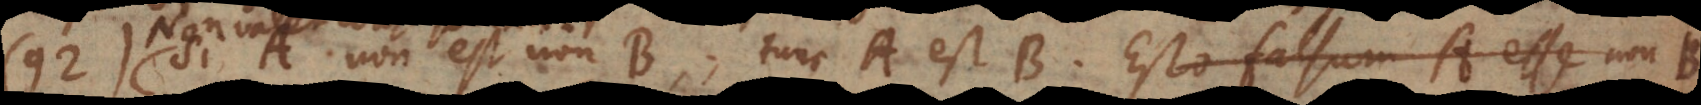
92) Si A non est non‐B, tunc A est B. Esto falsum A esse non‐B,